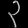
Digit: ၃